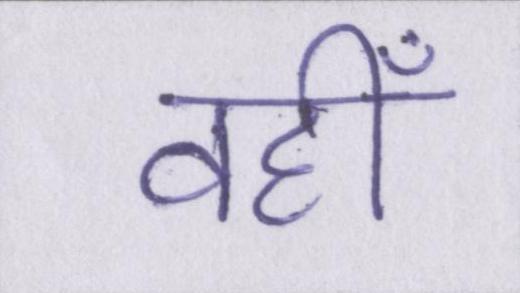
वहीँ